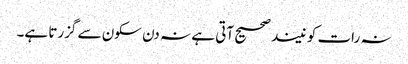
نہ رات کو نیند صحیح آتی ہے نہ دن سکون سے گزرتا ہے۔